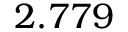
2 . 7 7 9